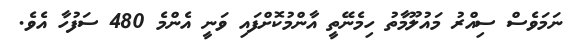
ނަމަވެސް ސިއްރު މައުލޫމާތު ހިމެނޭތީ އާންމުކޮށްފައި ވަނީ އެންމެ 480 ސަފުހާ އެވެ.